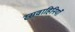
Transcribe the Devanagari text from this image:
रसवाहिनियाँ